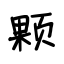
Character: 颗